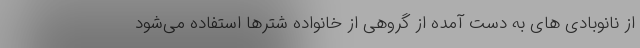
از نانوبادی های به دست آمده از گروهی از خانواده شترها استفاده می‌شود